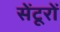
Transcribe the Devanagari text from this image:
सेंटूरों